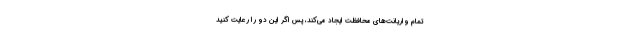
تمام واریانت‌های محافظت ایجاد می‌کند، پس اگر این دو را رعایت کنید